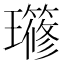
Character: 𤪱